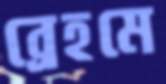
ব্রেহমে